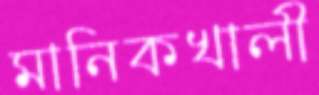
মানিকখালী